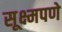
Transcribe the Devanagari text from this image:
सूक्ष्मपणे